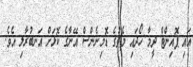
އައި ޕޮއިންޓް ދީމާ ހޯދައި މެޗުގެ ޑޮމިނެންސް އޭނާގެ ކޮޅަށް އަނބުރާލި އެވެ.